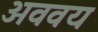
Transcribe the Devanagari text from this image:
अववय